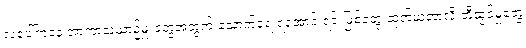
လပေါ်ကနေ အာကာသယာဉ်မှူးတွေအတွက် သောက်ရေ ရအောင် ရင်းမြစ်တွေ ထုတ်ယူတာလို တီထွင်မှုတွေ